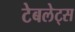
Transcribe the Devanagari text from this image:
टेबलेट्स